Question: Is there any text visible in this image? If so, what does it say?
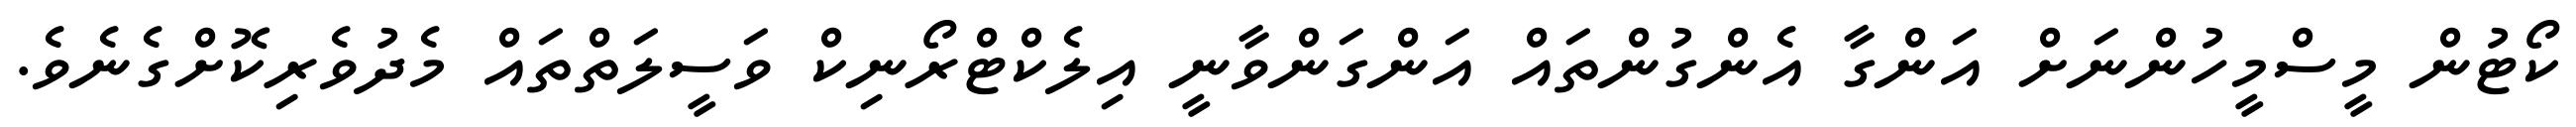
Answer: ކޯޓުން މީސްމީހުންނަށް އަންގާ އެންގުންތައް އަންގަންވާނީ އިލެކްޓްރޯނިކް ވަސީލަތްތައް މެދުވެރިކޮށްގެނެވެ.